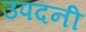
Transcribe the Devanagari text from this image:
उपदनी